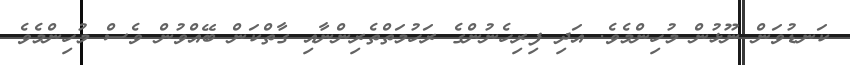
ކަނޑުވަން ނޫޅުން މުހިންމެވެ. އަދި ފިރިހެނުންގެ ރަހުމަތްތެރިންނާއި ގާތްކަން ބޭއްވުން ވެސް މުހިންމެވެ